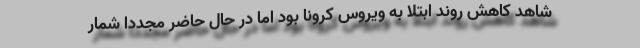
شاهد کاهش روند ابتلا به ویروس کرونا بود اما در حال حاضر مجددا شمار